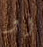
أو